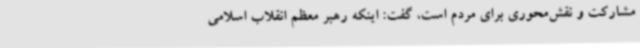
مشارکت و نقش‌محوری برای مردم است، گفت: اینکه رهبر معظم انقلاب اسلامی